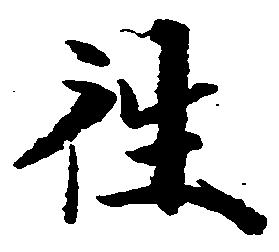
往